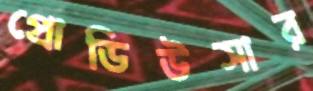
প্রোডিউসার